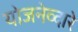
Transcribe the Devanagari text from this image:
योजनेव्दारे